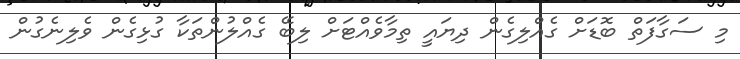
މި ސަގާފަތް ބޮޑަށް ގެއްލިގެން ދިޔައީ ތިމާވެއްޓަށް ލިބޭ ގެއްލުންތަކާ ގުޅިގެން ވެލިނެގުން